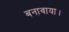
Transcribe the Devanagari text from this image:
बनावाया।